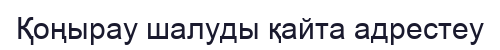
Қоңырау шалуды қайта адрестеу